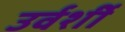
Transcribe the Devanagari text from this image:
उर्वर्शी